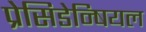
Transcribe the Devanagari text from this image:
प्रेसिडेन्षियल